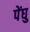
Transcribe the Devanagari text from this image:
पेंघु